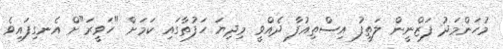
މުހަންމަދު ފަޒްނީން ލަތީފު އިސްތިއުފާ ދެއްވީ މިދިޔަ ހަފުތާގައި ކަމަށް "ހަވީރަ"ށް އެނގިފައިވެ